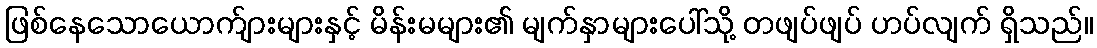
ဖြစ်နေသောယောက်ျားများနှင့် မိန်းမများ၏ မျက်နှာများပေါ်သို့ တဖျပ်ဖျပ် ဟပ်လျက် ရှိသည်။